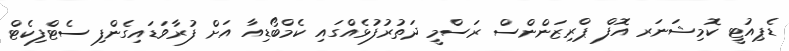
ޑެޕިއުޓީ ކޮމިޝަނަރ އޮފް ޕްރިޒަންންސް ރަސްމީ ދަތުރުފުޅެއްގައި ކެމްބޯޑިއާ އަށް ފުރާވަޑައިގެންފި ސެޓްފިކެޓް